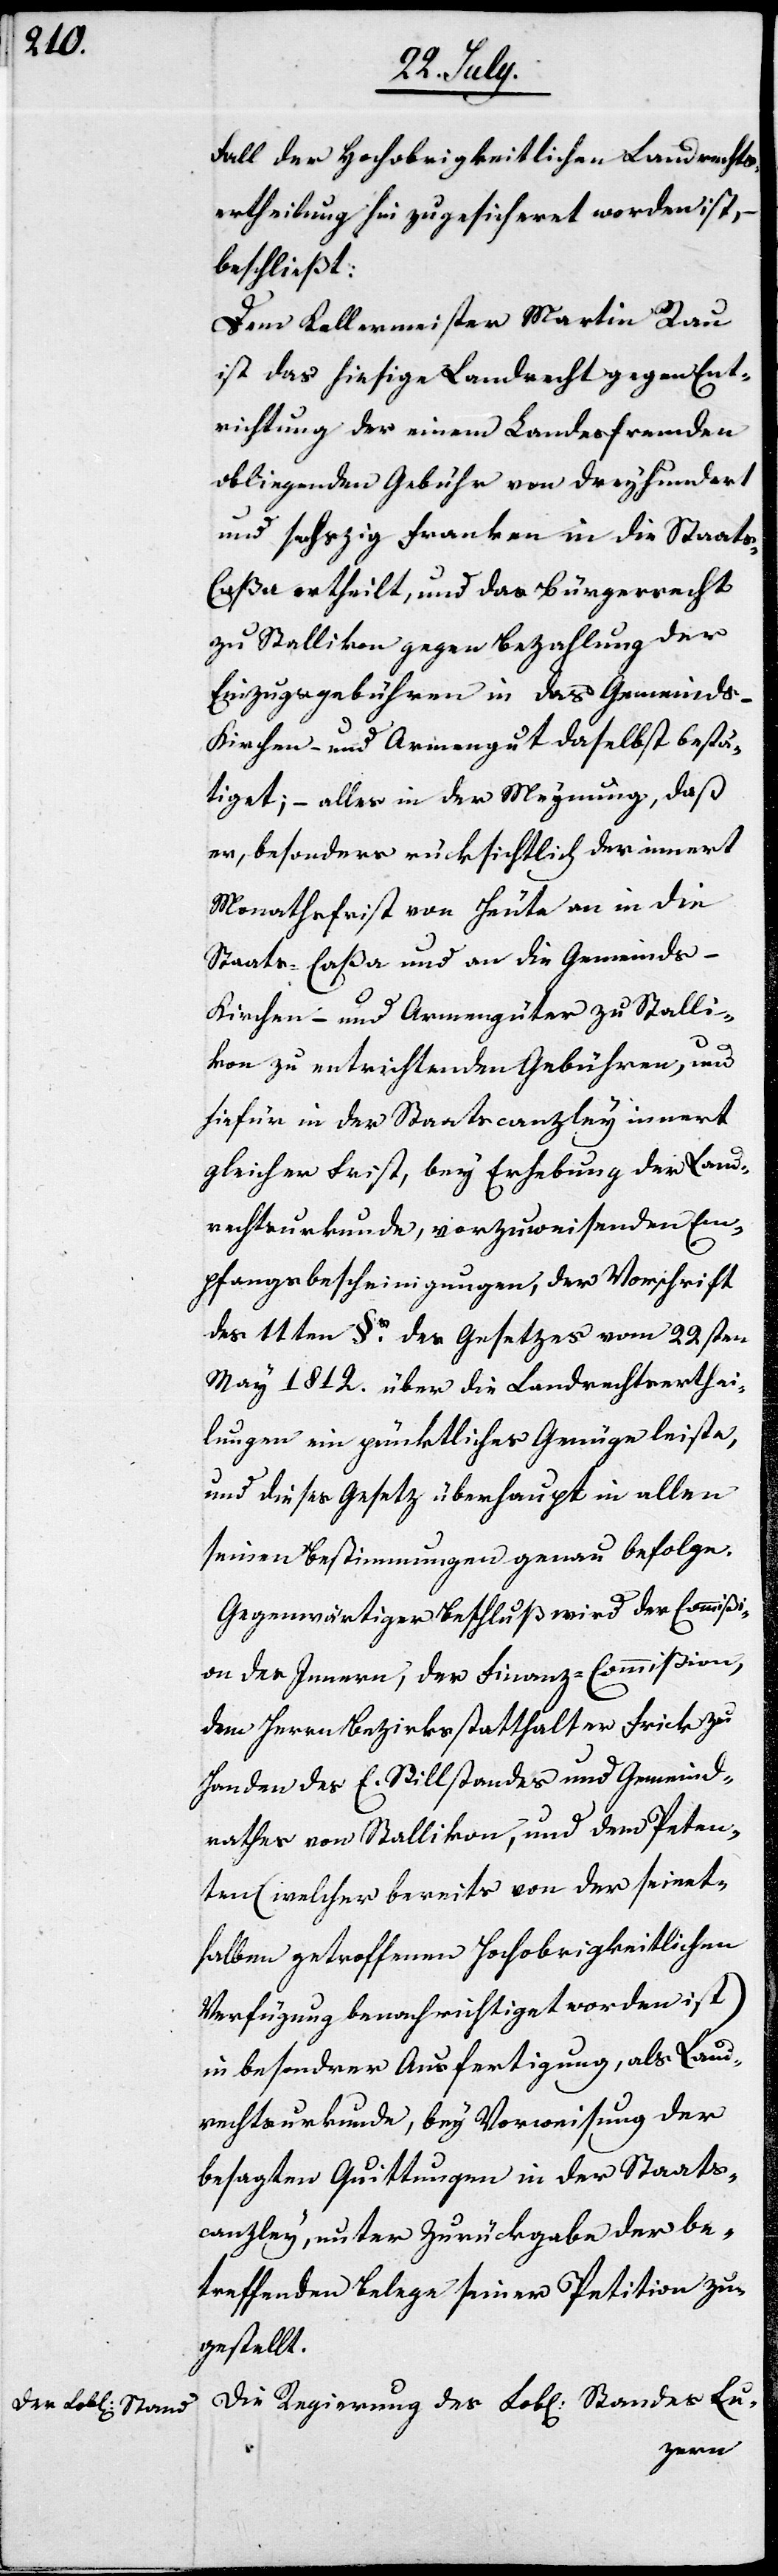
Fall der Hochobrigkeitlichen Landrechts¬
ertheilung hin zugesicheret worden ist, –
beschließt:
Dem Kellermeister Martin Rau
ist das hießige Landrecht gegen Ent¬
richtung der einem Landesfremden
obligenden Gebühr von dreyhundert
und sechzig Franken in die Staats-C¬
aßa ertheilt, und das Bürgerrecht
zu Stallikon gegen Bezahlung der
Einzugsgebühren in das Gemeinds-
Kirchen- und Armengut daselbst bestä¬
tiget; – alles in der Meynung, daß
er, besonders rücksichtlich der innert
Monathsfrist von heut an in die
Staats-Caßa und an die Gemeinds-
Kirchen- und Armengüter zu Stalli¬
kon zu entrichtenden Gebühren, und
hiefür in der Staatscanzley innert
gleicher Frist, bey Erhebung der Land¬
rechtsurkunde, vorzuweisenden Em¬
pfangsbescheinigungen, der Vorschrift
des 11ten §. des Gesetzes vom 22sten
May 1812. über die Landrechtserthei¬
lungen ein pünktliches Genüge leiste,
und dieses Gesetz überhaupt in allen
seinen Bestimmungen genau befolge.
Gegenwärtiger Beschluß wird der Commißi¬
on des Innern, der Finanz-Commißion,
dem Herrn Bezirksstatthalter Frick zu
Handen des E. Stillstandes und Gemeind¬
rathes von Stallikon, und dem Peten¬
ten (welcher bereits von der seinet¬
halben getroffenen Hochobrigkeitlichen
Verfügung benachrichtiget worden ist)
in besonderer Ausfertigung als Land¬
rechtsurkunde, bey Vorweisung der
besagten Quittungen in der Staats¬
canzley, unter Zurückgabe der be¬
treffenden Belege seiner Petition zu¬
gestellt.
Die Regierung des Lobl. Standes Lu-